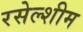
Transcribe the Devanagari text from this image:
रसेल्शीम